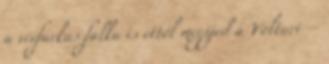
a vérfarkas falka is ettől megijed a Volturi –